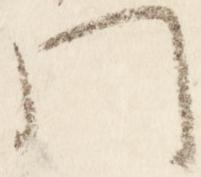
門